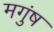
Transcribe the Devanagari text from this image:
मगुंष